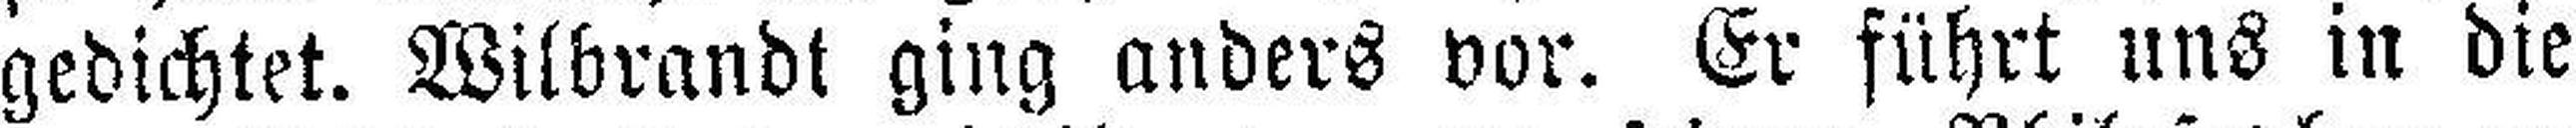
gedichtet. Wilbrandt ging anders vor. Er führt uns in die